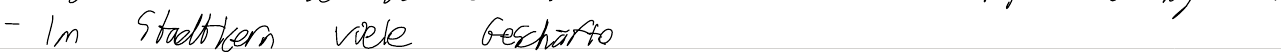
- Im Stadtkern viele Geschäfte